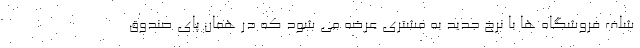
شلف فروشگاه ها با نرخ جدید به مشتری عرضه می شود که در همان پای صندوق